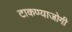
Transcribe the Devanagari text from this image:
टाकण्याजोगी